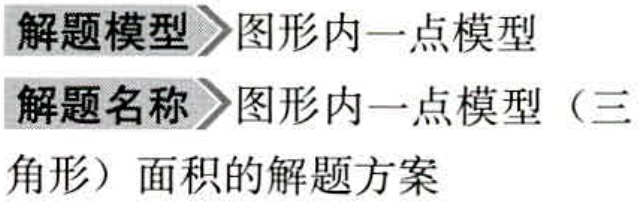
\begin{enumerate}
\item 解题模型 图形内一点模型
\item 解题名称 图形内一点模型（三
角形）面积的解题方案
\end{enumerate}